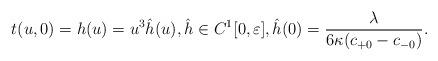
LaTeX: \begin{align*} t(u,0)=h(u)=u^3\hat{h}(u),\hat{h}\in C^1[0,\varepsilon],\hat{h}(0)=\frac{\lambda}{6\kappa(c_{+0}-c_{-0})}.\end{align*}